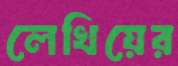
লেখিয়ের